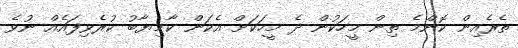
ތެރެއިން ކޮންމެ ތިން މީހަކުން ދެ މީހަކަށް އެކަން ކާމިޔާބު ކުރެވިފައެއް ނުވެ